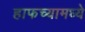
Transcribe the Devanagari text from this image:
हाफच्यामध्ये